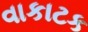
વાકાટક